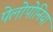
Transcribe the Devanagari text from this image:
पेलोपोनिया